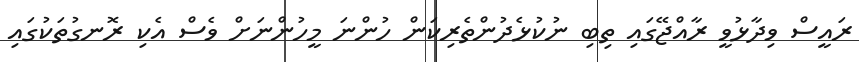
ރައީސް ވިދާޅުވީ ރާއްޖޭގައި ތިބި ނުކުޅެދުންތެރިކަން ހުންނަ މީހުންނަށް ވެސް އެކި ރޮނގުތަކުގައި